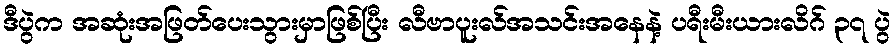
ဒီပွဲက အဆုံးအဖြတ်ပေးသွားမှာဖြစ်ပြီး လီဗာပူးလ်အသင်းအနေနဲ့ ပရီးမီးယားလိဂ် ၃၇ ပွဲ